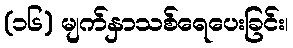
(၁၆) မျက်နှာသစ်ရေပေးခြင်း၊